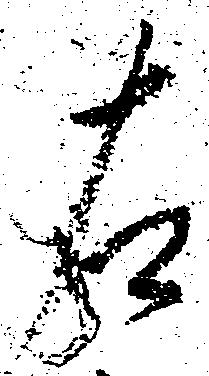
右